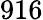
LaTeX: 916